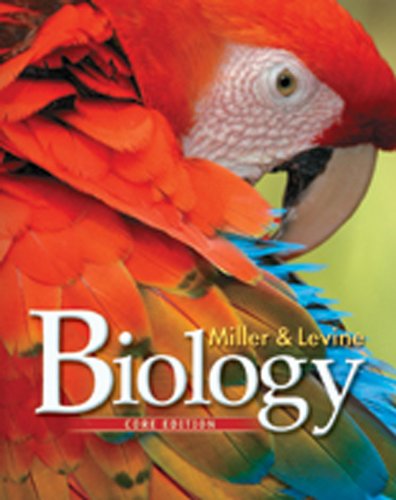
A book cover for MILLER LEVINE BIOLOGY 2010 CORE STUDENT EDITION GRADE 9/10; PRENTICE HALL; Teen & Young Adult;